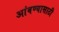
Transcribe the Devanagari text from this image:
आंबण्यासाठी